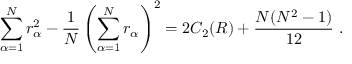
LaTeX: \sum _ { \alpha = 1 } ^ { N } r _ { \alpha } ^ { 2 } - \frac { 1 } { N } \left( \sum _ { \alpha = 1 } ^ { N } r _ { \alpha } \right) ^ { 2 } = 2 C _ { 2 } ( R ) + \frac { N ( N ^ { 2 } - 1 ) } { 1 2 } \ .